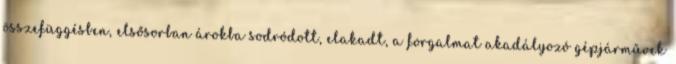
összefüggésben, elsősorban árokba sodródott, elakadt, a forgalmat akadályozó gépjárművek